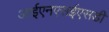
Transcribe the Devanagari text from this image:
आईएनएसईएसडी